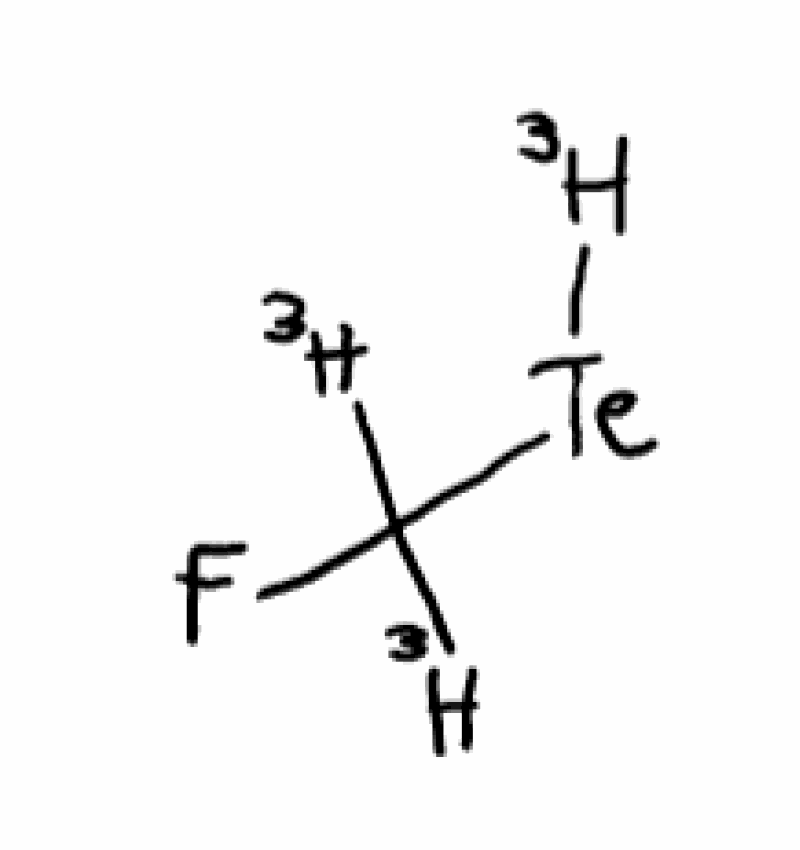
Simplified molecular-input line-entry system (SMILES) notation of the given molecule:
[3H]C([3H])(F)[Te][3H]